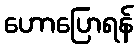
ဟောပြောရန်